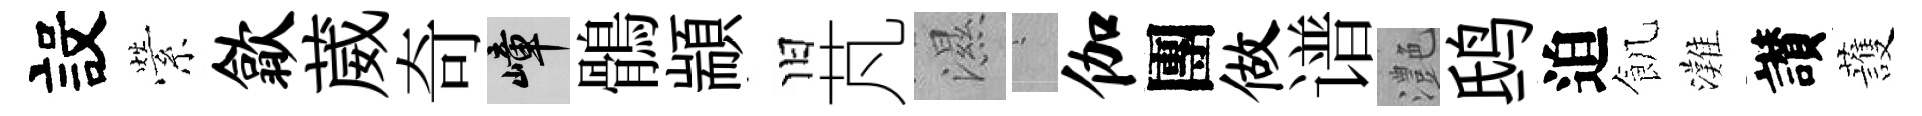
設縈歙葳奇嶂鶻顓旧芃濕搖伽團做谱灔鸱迫飢灘讃䕶